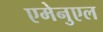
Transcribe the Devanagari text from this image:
एमेनुएल